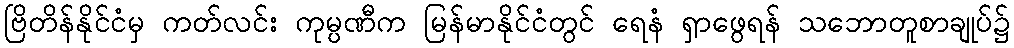
ဗြိတိန်နိုင်ငံမှ ကတ်လင်း ကုမ္ပဏီက မြန်မာနိုင်ငံတွင် ရေနံ ရှာဖွေရန် သဘောတူစာချုပ်၌